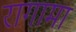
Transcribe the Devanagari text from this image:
रागामा